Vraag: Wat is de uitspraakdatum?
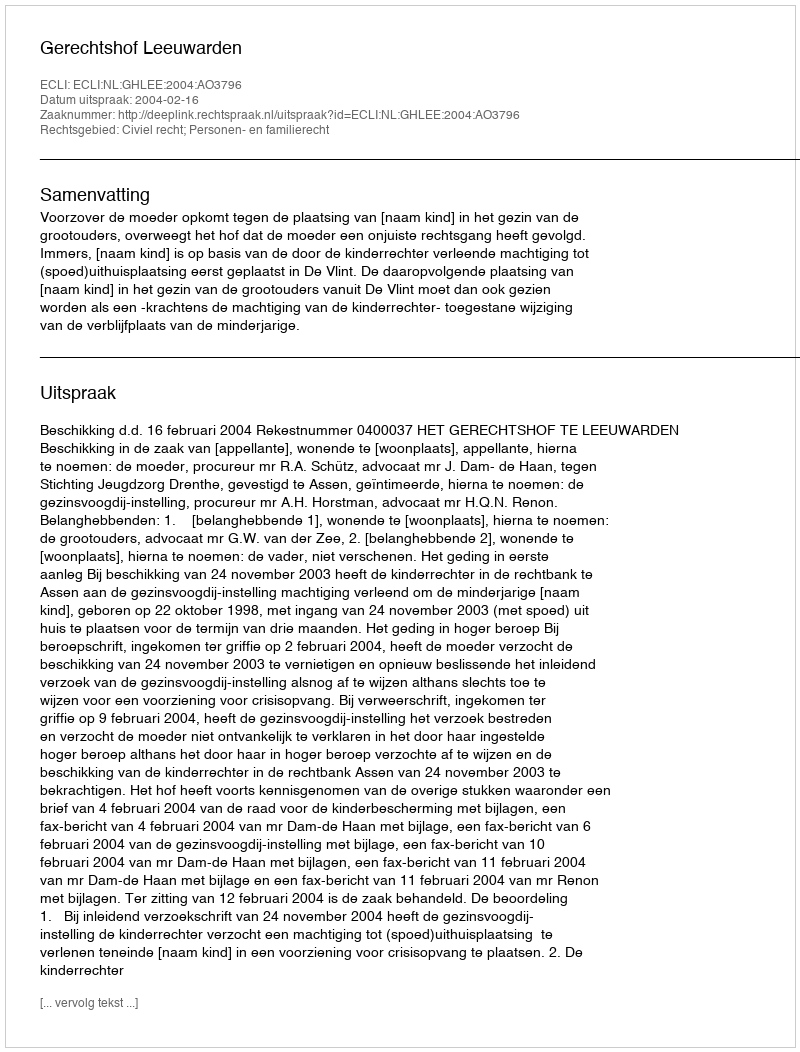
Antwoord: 2004-02-16